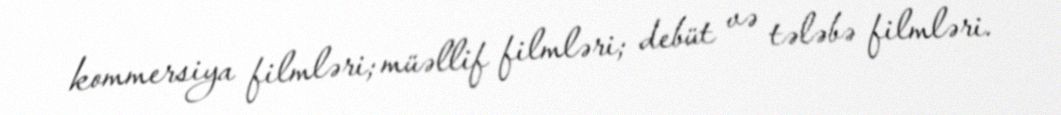
kommersiya filmləri; müəllif filmləri; debüt və tələbə filmləri.